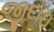
જીદાઇ